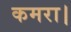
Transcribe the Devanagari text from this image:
कमरा।